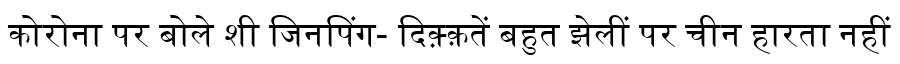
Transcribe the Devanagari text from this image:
कोरोना पर बोले शी जिनपिंग- दिक़्क़तें बहुत झेलीं पर चीन हारता नहीं